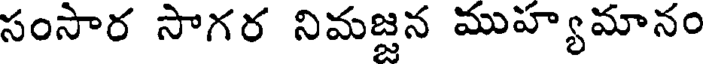
సంసార సాగర నిమజ్జన ముహ్యమానం